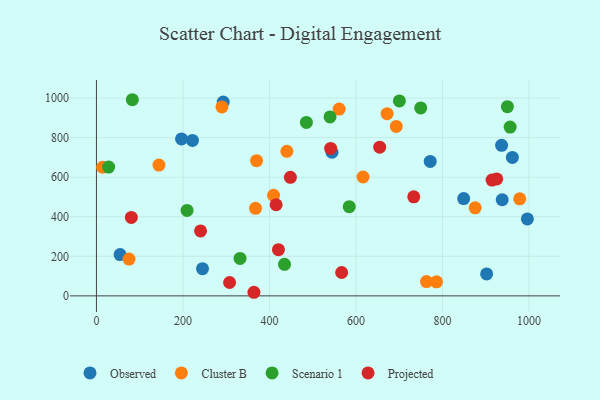
{"axis": {"x": "Engine Size", "y": "Yield"}, "legend": ["Cluster B", "Observed", "Projected", "Scenario 1"], "data": [{"x": "938.1", "y": 485.8, "type": "Observed"}, {"x": "222.0", "y": 785.8, "type": "Observed"}, {"x": "996.3", "y": 388.8, "type": "Observed"}, {"x": "54.7", "y": 208.5, "type": "Observed"}, {"x": "245.2", "y": 137.2, "type": "Observed"}, {"x": "196.7", "y": 793.5, "type": "Observed"}, {"x": "771.7", "y": 679.7, "type": "Observed"}, {"x": "544.6", "y": 726.1, "type": "Observed"}, {"x": "902.1", "y": 110.7, "type": "Observed"}, {"x": "293.1", "y": 980.0, "type": "Observed"}, {"x": "936.7", "y": 761.3, "type": "Observed"}, {"x": "961.6", "y": 700.1, "type": "Observed"}, {"x": "849.0", "y": 492.0, "type": "Observed"}, {"x": "75.3", "y": 186.0, "type": "Cluster B"}, {"x": "763.1", "y": 72.4, "type": "Cluster B"}, {"x": "978.6", "y": 490.4, "type": "Cluster B"}, {"x": "561.2", "y": 944.2, "type": "Cluster B"}, {"x": "290.1", "y": 955.2, "type": "Cluster B"}, {"x": "693.2", "y": 856.4, "type": "Cluster B"}, {"x": "409.5", "y": 508.4, "type": "Cluster B"}, {"x": "14.3", "y": 650.2, "type": "Cluster B"}, {"x": "367.8", "y": 442.5, "type": "Cluster B"}, {"x": "786.2", "y": 71.0, "type": "Cluster B"}, {"x": "144.5", "y": 661.2, "type": "Cluster B"}, {"x": "440.3", "y": 730.9, "type": "Cluster B"}, {"x": "370.2", "y": 683.6, "type": "Cluster B"}, {"x": "875.6", "y": 445.2, "type": "Cluster B"}, {"x": "672.0", "y": 921.3, "type": "Cluster B"}, {"x": "616.4", "y": 601.0, "type": "Cluster B"}, {"x": "950.1", "y": 956.7, "type": "Scenario 1"}, {"x": "584.5", "y": 450.7, "type": "Scenario 1"}, {"x": "485.4", "y": 877.0, "type": "Scenario 1"}, {"x": "434.8", "y": 159.3, "type": "Scenario 1"}, {"x": "28.2", "y": 651.2, "type": "Scenario 1"}, {"x": "332.0", "y": 189.2, "type": "Scenario 1"}, {"x": "956.4", "y": 853.5, "type": "Scenario 1"}, {"x": "700.4", "y": 985.6, "type": "Scenario 1"}, {"x": "209.5", "y": 432.0, "type": "Scenario 1"}, {"x": "749.7", "y": 950.1, "type": "Scenario 1"}, {"x": "540.1", "y": 904.5, "type": "Scenario 1"}, {"x": "83.0", "y": 991.6, "type": "Scenario 1"}, {"x": "364.1", "y": 18.1, "type": "Projected"}, {"x": "420.8", "y": 233.4, "type": "Projected"}, {"x": "654.9", "y": 751.9, "type": "Projected"}, {"x": "925.4", "y": 591.0, "type": "Projected"}, {"x": "307.8", "y": 67.5, "type": "Projected"}, {"x": "566.9", "y": 118.0, "type": "Projected"}, {"x": "541.5", "y": 745.2, "type": "Projected"}, {"x": "80.7", "y": 396.5, "type": "Projected"}, {"x": "240.7", "y": 328.3, "type": "Projected"}, {"x": "448.4", "y": 599.3, "type": "Projected"}, {"x": "914.6", "y": 585.5, "type": "Projected"}, {"x": "415.4", "y": 460.6, "type": "Projected"}, {"x": "733.6", "y": 500.9, "type": "Projected"}]}